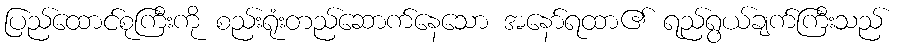
ပြည်ထောင်စုကြီးကို စည်းရုံးတည်ဆောက်နေသော အနော်ရထာ၏ ရည်ရွယ်ချက်ကြီးသည်